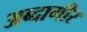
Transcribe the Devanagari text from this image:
अब्दागीर